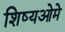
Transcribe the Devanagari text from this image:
शिष्यओमे